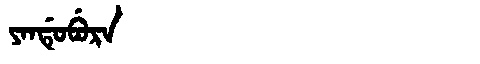
Manchu: ᠶᠠᠨᡩᡠᠪᡠᡵᠠ
Romanization: YANDUBURA